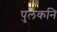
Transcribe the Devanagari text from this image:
पुलकनि